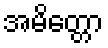
အမိတ္တော